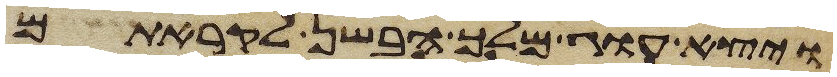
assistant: ויצא עוג מלך הבשן לקראתם